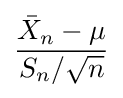
{\frac {{\bar {X}}_{n}-\mu }{S_{n}/{\sqrt {n}}}}